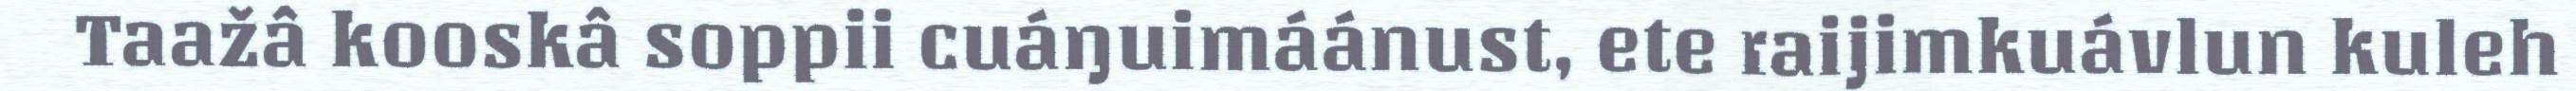
Taažâ kooskâ soppii cuáŋuimáánust, ete raijimkuávlun kuleh